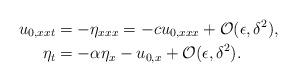
LaTeX: \begin{align*} u_{0,xxt} & = -\eta_{xxx} = -cu_{0,xxx} +\mathcal{O}(\epsilon,\delta^{2}), \\ \eta_{t} & = -\alpha\eta_{x} - u_{0,x} + \mathcal{O}(\epsilon,\delta^{2}).\end{align*}